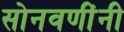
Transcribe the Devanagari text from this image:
सोनवणींनी